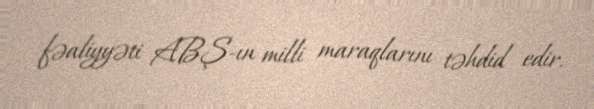
fəaliyyəti ABŞ-ın milli maraqlarını təhdid edir.